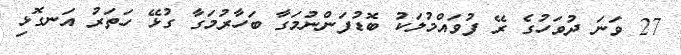
27 ވަނަ ދުވަހުގެ ރޭ ފުވައްމުލަކު ބޮޑުފަންނުމަގާ ބަހާރުމަގާ ގުޅޭ ހަތަރު އަނގޮޅި